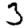
Digit: 3